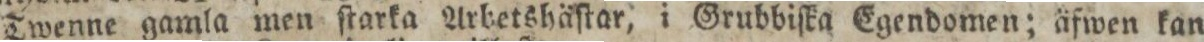
Twenne gamla men ſtarka Arbetshäſtar, i Grubbiſka Egendomen; äfwen kan